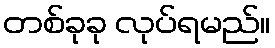
တစ်ခုခု လုပ်ရမည်။